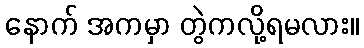
နောက် အကမှာ တွဲကလို့ရမလား။